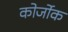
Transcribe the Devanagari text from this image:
कोर्जोक